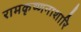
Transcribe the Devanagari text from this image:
रामकृष्णनाशारि